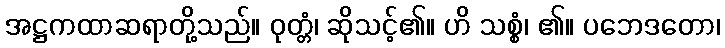
အဋ္ဌကထာဆရာတို့သည်။ ဝုတ္တံ၊ ဆိုသင့်၏။ ဟိ သစ္စံ၊ ၏။ ပဘေဒတော၊